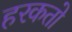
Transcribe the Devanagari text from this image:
हरकतो